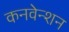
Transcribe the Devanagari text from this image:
कनवेन्शन